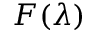
F ( \lambda )